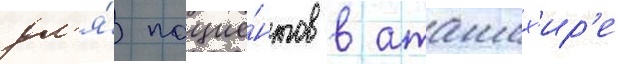
дл'я́ пацие́нтов в аташех'ир'е